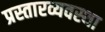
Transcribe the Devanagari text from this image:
प्रस्तारव्यवस्था